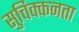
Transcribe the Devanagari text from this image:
सुचिक्कनता